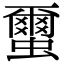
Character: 蠒